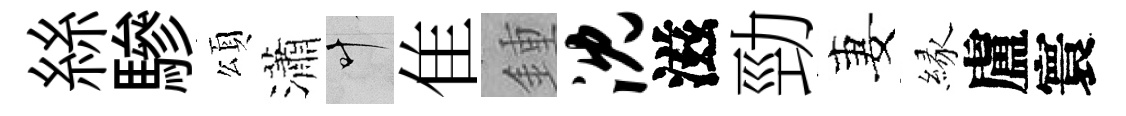
絲驂頌瀟叶隹鍾沈滋勁妻縁盧寰